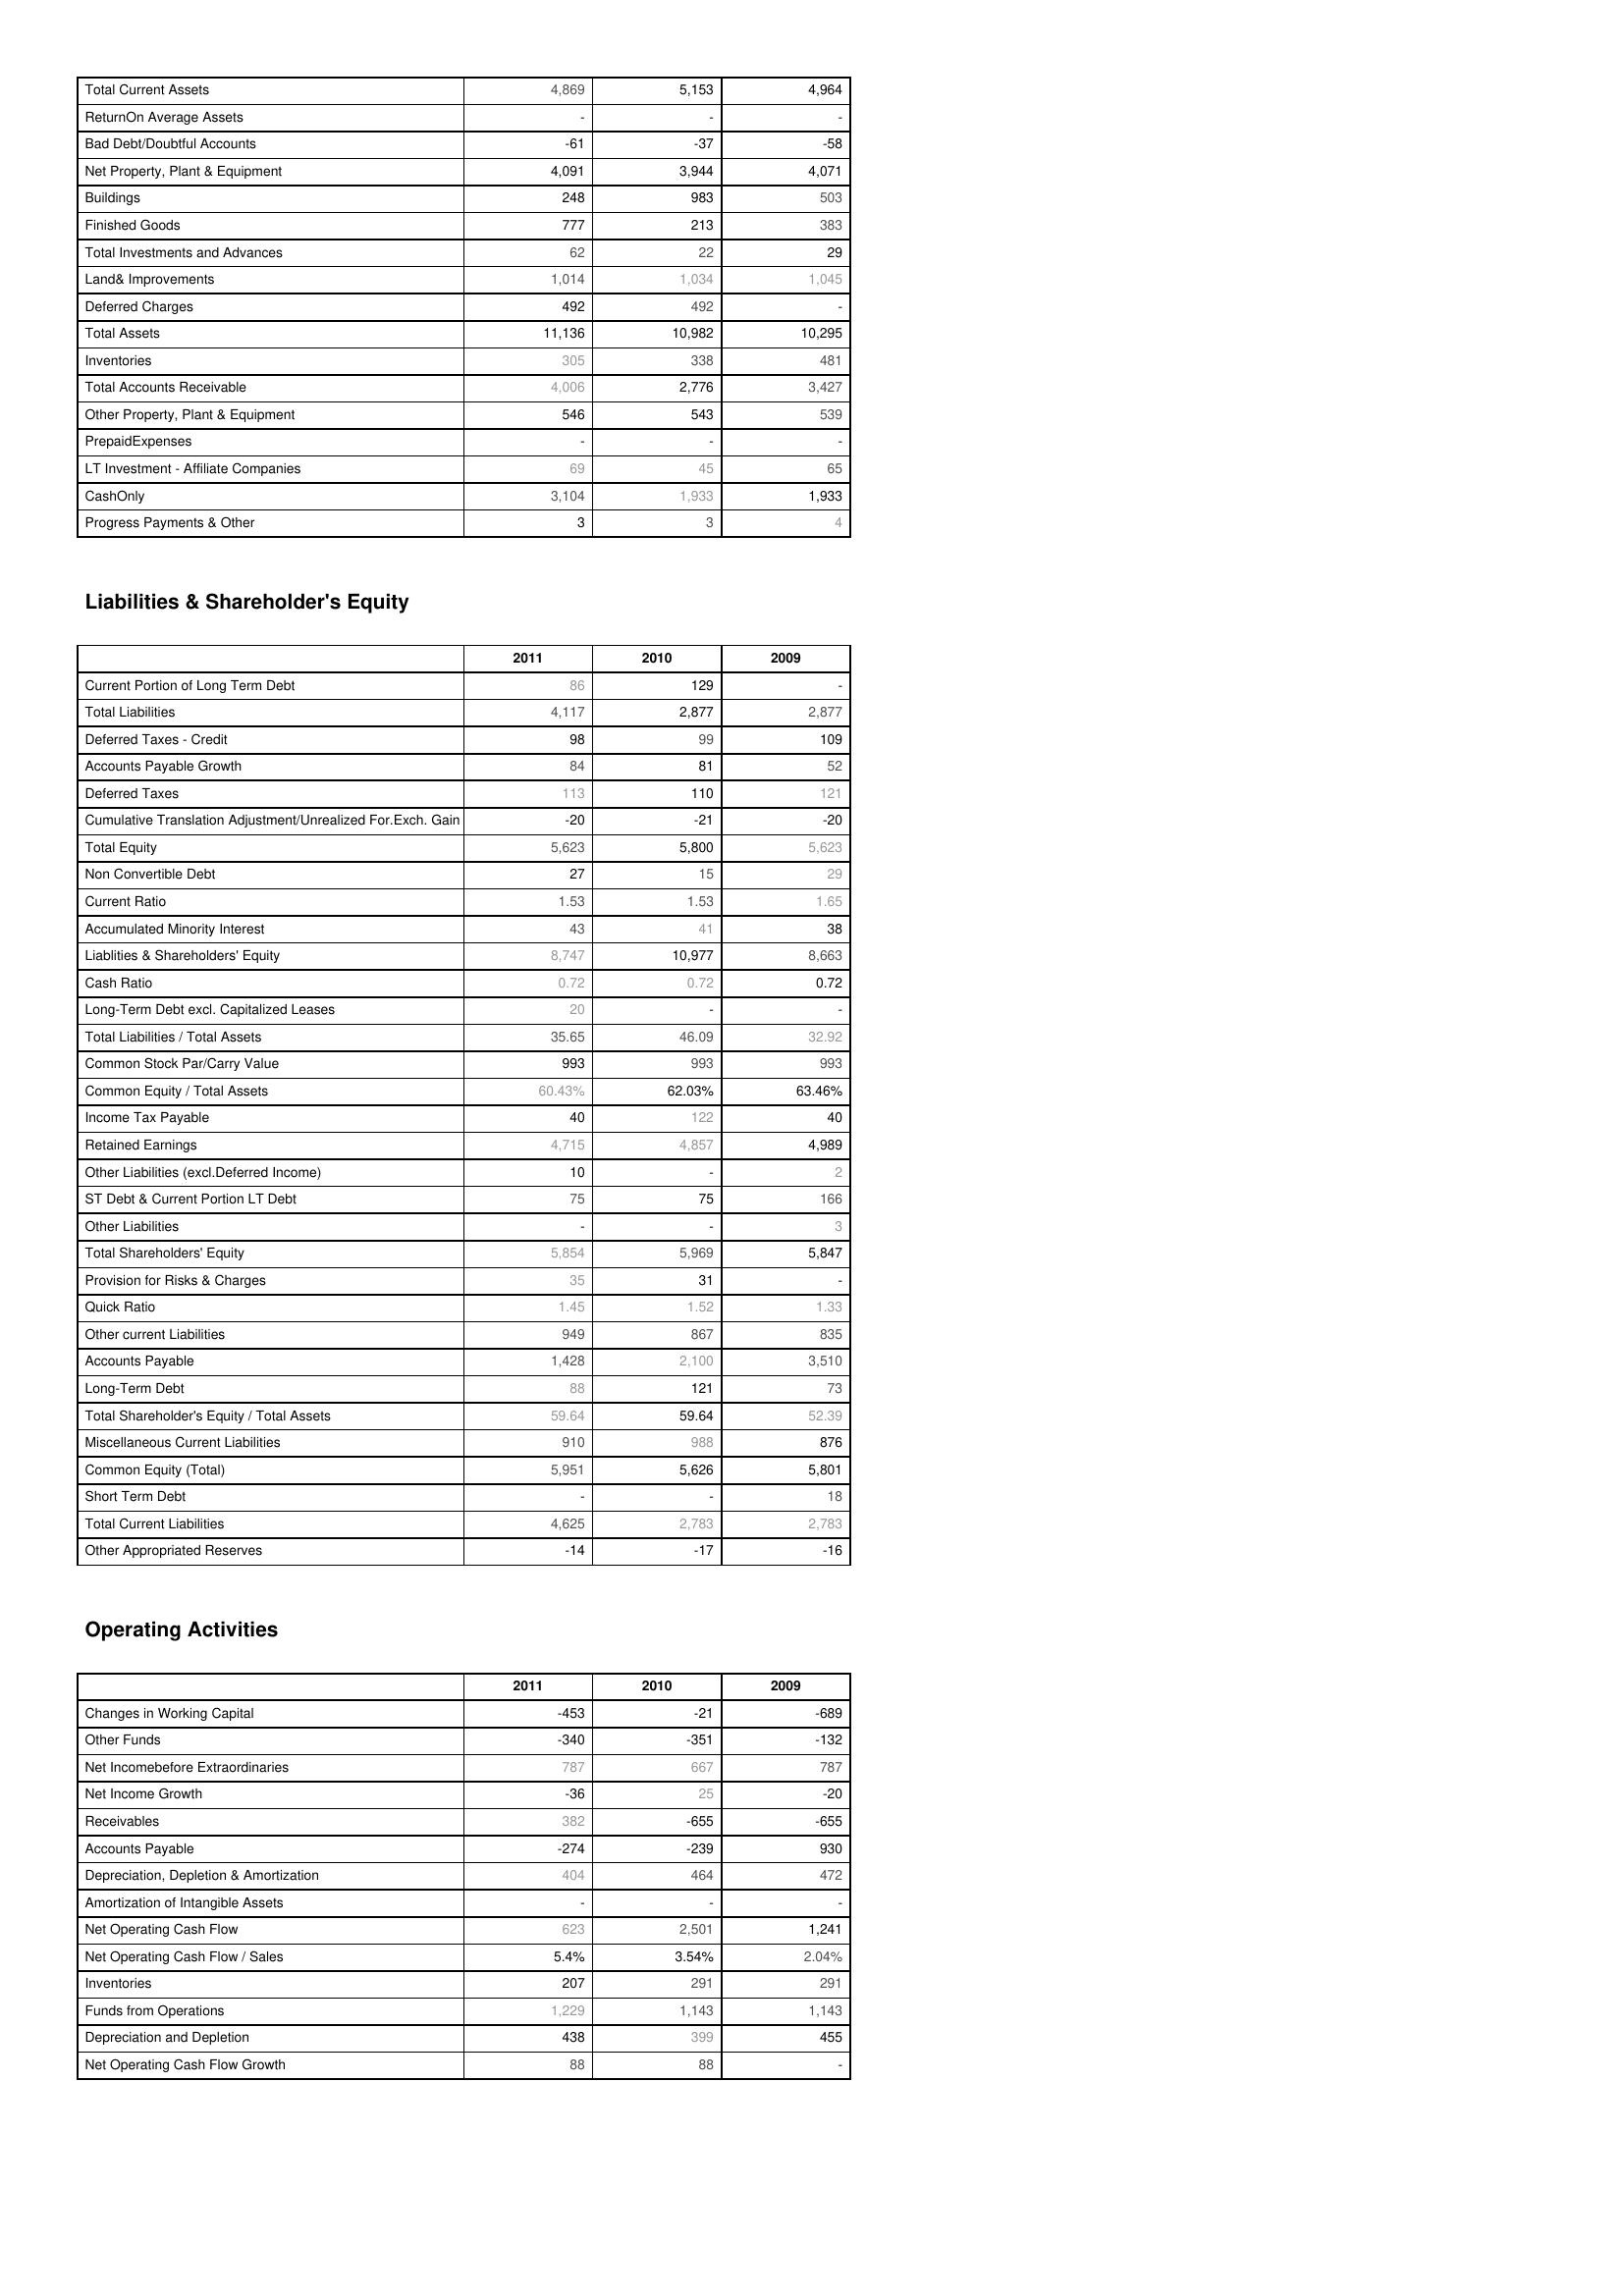
2011: Assets: Total Current Assets: 4,869
ReturnOn Average Assets: -
Bad Debt/Doubtful Accounts: -61
Net Property, Plant & Equipment: 4,091
Buildings: 248
Finished Goods: 777
Total Investments and Advances: 62
Land& Improvements: 1,014
Deferred Charges: 492
Total Assets: 11,136
Inventories: 305
Total Accounts Receivable: 4,006
Other Property, Plant & Equipment: 546
PrepaidExpenses: -
LT Investment - Affiliate Companies: 69
CashOnly: 3,104
Progress Payments & Other: 3
Liabilities & Shareholder's Equity: Current Portion of Long Term Debt: 86
Total Liabilities: 4,117
Deferred Taxes - Credit: 98
Accounts Payable Growth: 84
Deferred Taxes: 113
Cumulative Translation Adjustment/Unrealized For.Exch. Gain: -20
Total Equity: 5,623
Non Convertible Debt: 27
Current Ratio: 1.53
Accumulated Minority Interest: 43
Liablities & Shareholders' Equity: 8,747
Cash Ratio: 0.72
Long-Term Debt excl. Capitalized Leases: 20
Total Liabilities / Total Assets: 35.65
Common Stock Par/Carry Value: 993
Common Equity / Total Assets: 60.43%
Income Tax Payable: 40
Retained Earnings: 4,715
Other Liabilities (excl.Deferred Income): 10
ST Debt & Current Portion LT Debt: 75
Other Liabilities: -
Total Shareholders' Equity: 5,854
Provision for Risks & Charges: 35
Quick Ratio: 1.45
Other current Liabilities: 949
Accounts Payable: 1,428
Long-Term Debt: 88
Total Shareholder's Equity / Total Assets: 59.64
Miscellaneous Current Liabilities: 910
Common Equity (Total): 5,951
Short Term Debt: -
Total Current Liabilities: 4,625
Other Appropriated Reserves: -14
Operating Activities: Changes in Working Capital: -453
Other Funds: -340
Net Incomebefore Extraordinaries: 787
Net Income Growth: -36
Receivables: 382
Accounts Payable: -274
Depreciation, Depletion & Amortization: 404
Amortization of Intangible Assets: -
Net Operating Cash Flow: 623
Net Operating Cash Flow / Sales: 5.4%
Inventories: 207
Funds from Operations: 1,229
Depreciation and Depletion: 438
Net Operating Cash Flow Growth: 88
2010: Assets: Total Current Assets: 5,153
ReturnOn Average Assets: -
Bad Debt/Doubtful Accounts: -37
Net Property, Plant & Equipment: 3,944
Buildings: 983
Finished Goods: 213
Total Investments and Advances: 22
Land& Improvements: 1,034
Deferred Charges: 492
Total Assets: 10,982
Inventories: 338
Total Accounts Receivable: 2,776
Other Property, Plant & Equipment: 543
PrepaidExpenses: -
LT Investment - Affiliate Companies: 45
CashOnly: 1,933
Progress Payments & Other: 3
Liabilities & Shareholder's Equity: Current Portion of Long Term Debt: 129
Total Liabilities: 2,877
Deferred Taxes - Credit: 99
Accounts Payable Growth: 81
Deferred Taxes: 110
Cumulative Translation Adjustment/Unrealized For.Exch. Gain: -21
Total Equity: 5,800
Non Convertible Debt: 15
Current Ratio: 1.53
Accumulated Minority Interest: 41
Liablities & Shareholders' Equity: 10,977
Cash Ratio: 0.72
Long-Term Debt excl. Capitalized Leases: -
Total Liabilities / Total Assets: 46.09
Common Stock Par/Carry Value: 993
Common Equity / Total Assets: 62.03%
Income Tax Payable: 122
Retained Earnings: 4,857
Other Liabilities (excl.Deferred Income): -
ST Debt & Current Portion LT Debt: 75
Other Liabilities: -
Total Shareholders' Equity: 5,969
Provision for Risks & Charges: 31
Quick Ratio: 1.52
Other current Liabilities: 867
Accounts Payable: 2,100
Long-Term Debt: 121
Total Shareholder's Equity / Total Assets: 59.64
Miscellaneous Current Liabilities: 988
Common Equity (Total): 5,626
Short Term Debt: -
Total Current Liabilities: 2,783
Other Appropriated Reserves: -17
Operating Activities: Changes in Working Capital: -21
Other Funds: -351
Net Incomebefore Extraordinaries: 667
Net Income Growth: 25
Receivables: -655
Accounts Payable: -239
Depreciation, Depletion & Amortization: 464
Amortization of Intangible Assets: -
Net Operating Cash Flow: 2,501
Net Operating Cash Flow / Sales: 3.54%
Inventories: 291
Funds from Operations: 1,143
Depreciation and Depletion: 399
Net Operating Cash Flow Growth: 88
2009: Assets: Total Current Assets: 4,964
ReturnOn Average Assets: -
Bad Debt/Doubtful Accounts: -58
Net Property, Plant & Equipment: 4,071
Buildings: 503
Finished Goods: 383
Total Investments and Advances: 29
Land& Improvements: 1,045
Deferred Charges: -
Total Assets: 10,295
Inventories: 481
Total Accounts Receivable: 3,427
Other Property, Plant & Equipment: 539
PrepaidExpenses: -
LT Investment - Affiliate Companies: 65
CashOnly: 1,933
Progress Payments & Other: 4
Liabilities & Shareholder's Equity: Current Portion of Long Term Debt: -
Total Liabilities: 2,877
Deferred Taxes - Credit: 109
Accounts Payable Growth: 52
Deferred Taxes: 121
Cumulative Translation Adjustment/Unrealized For.Exch. Gain: -20
Total Equity: 5,623
Non Convertible Debt: 29
Current Ratio: 1.65
Accumulated Minority Interest: 38
Liablities & Shareholders' Equity: 8,663
Cash Ratio: 0.72
Long-Term Debt excl. Capitalized Leases: -
Total Liabilities / Total Assets: 32.92
Common Stock Par/Carry Value: 993
Common Equity / Total Assets: 63.46%
Income Tax Payable: 40
Retained Earnings: 4,989
Other Liabilities (excl.Deferred Income): 2
ST Debt & Current Portion LT Debt: 166
Other Liabilities: 3
Total Shareholders' Equity: 5,847
Provision for Risks & Charges: -
Quick Ratio: 1.33
Other current Liabilities: 835
Accounts Payable: 3,510
Long-Term Debt: 73
Total Shareholder's Equity / Total Assets: 52.39
Miscellaneous Current Liabilities: 876
Common Equity (Total): 5,801
Short Term Debt: 18
Total Current Liabilities: 2,783
Other Appropriated Reserves: -16
Operating Activities: Changes in Working Capital: -689
Other Funds: -132
Net Incomebefore Extraordinaries: 787
Net Income Growth: -20
Receivables: -655
Accounts Payable: 930
Depreciation, Depletion & Amortization: 472
Amortization of Intangible Assets: -
Net Operating Cash Flow: 1,241
Net Operating Cash Flow / Sales: 2.04%
Inventories: 291
Funds from Operations: 1,143
Depreciation and Depletion: 455
Net Operating Cash Flow Growth: -